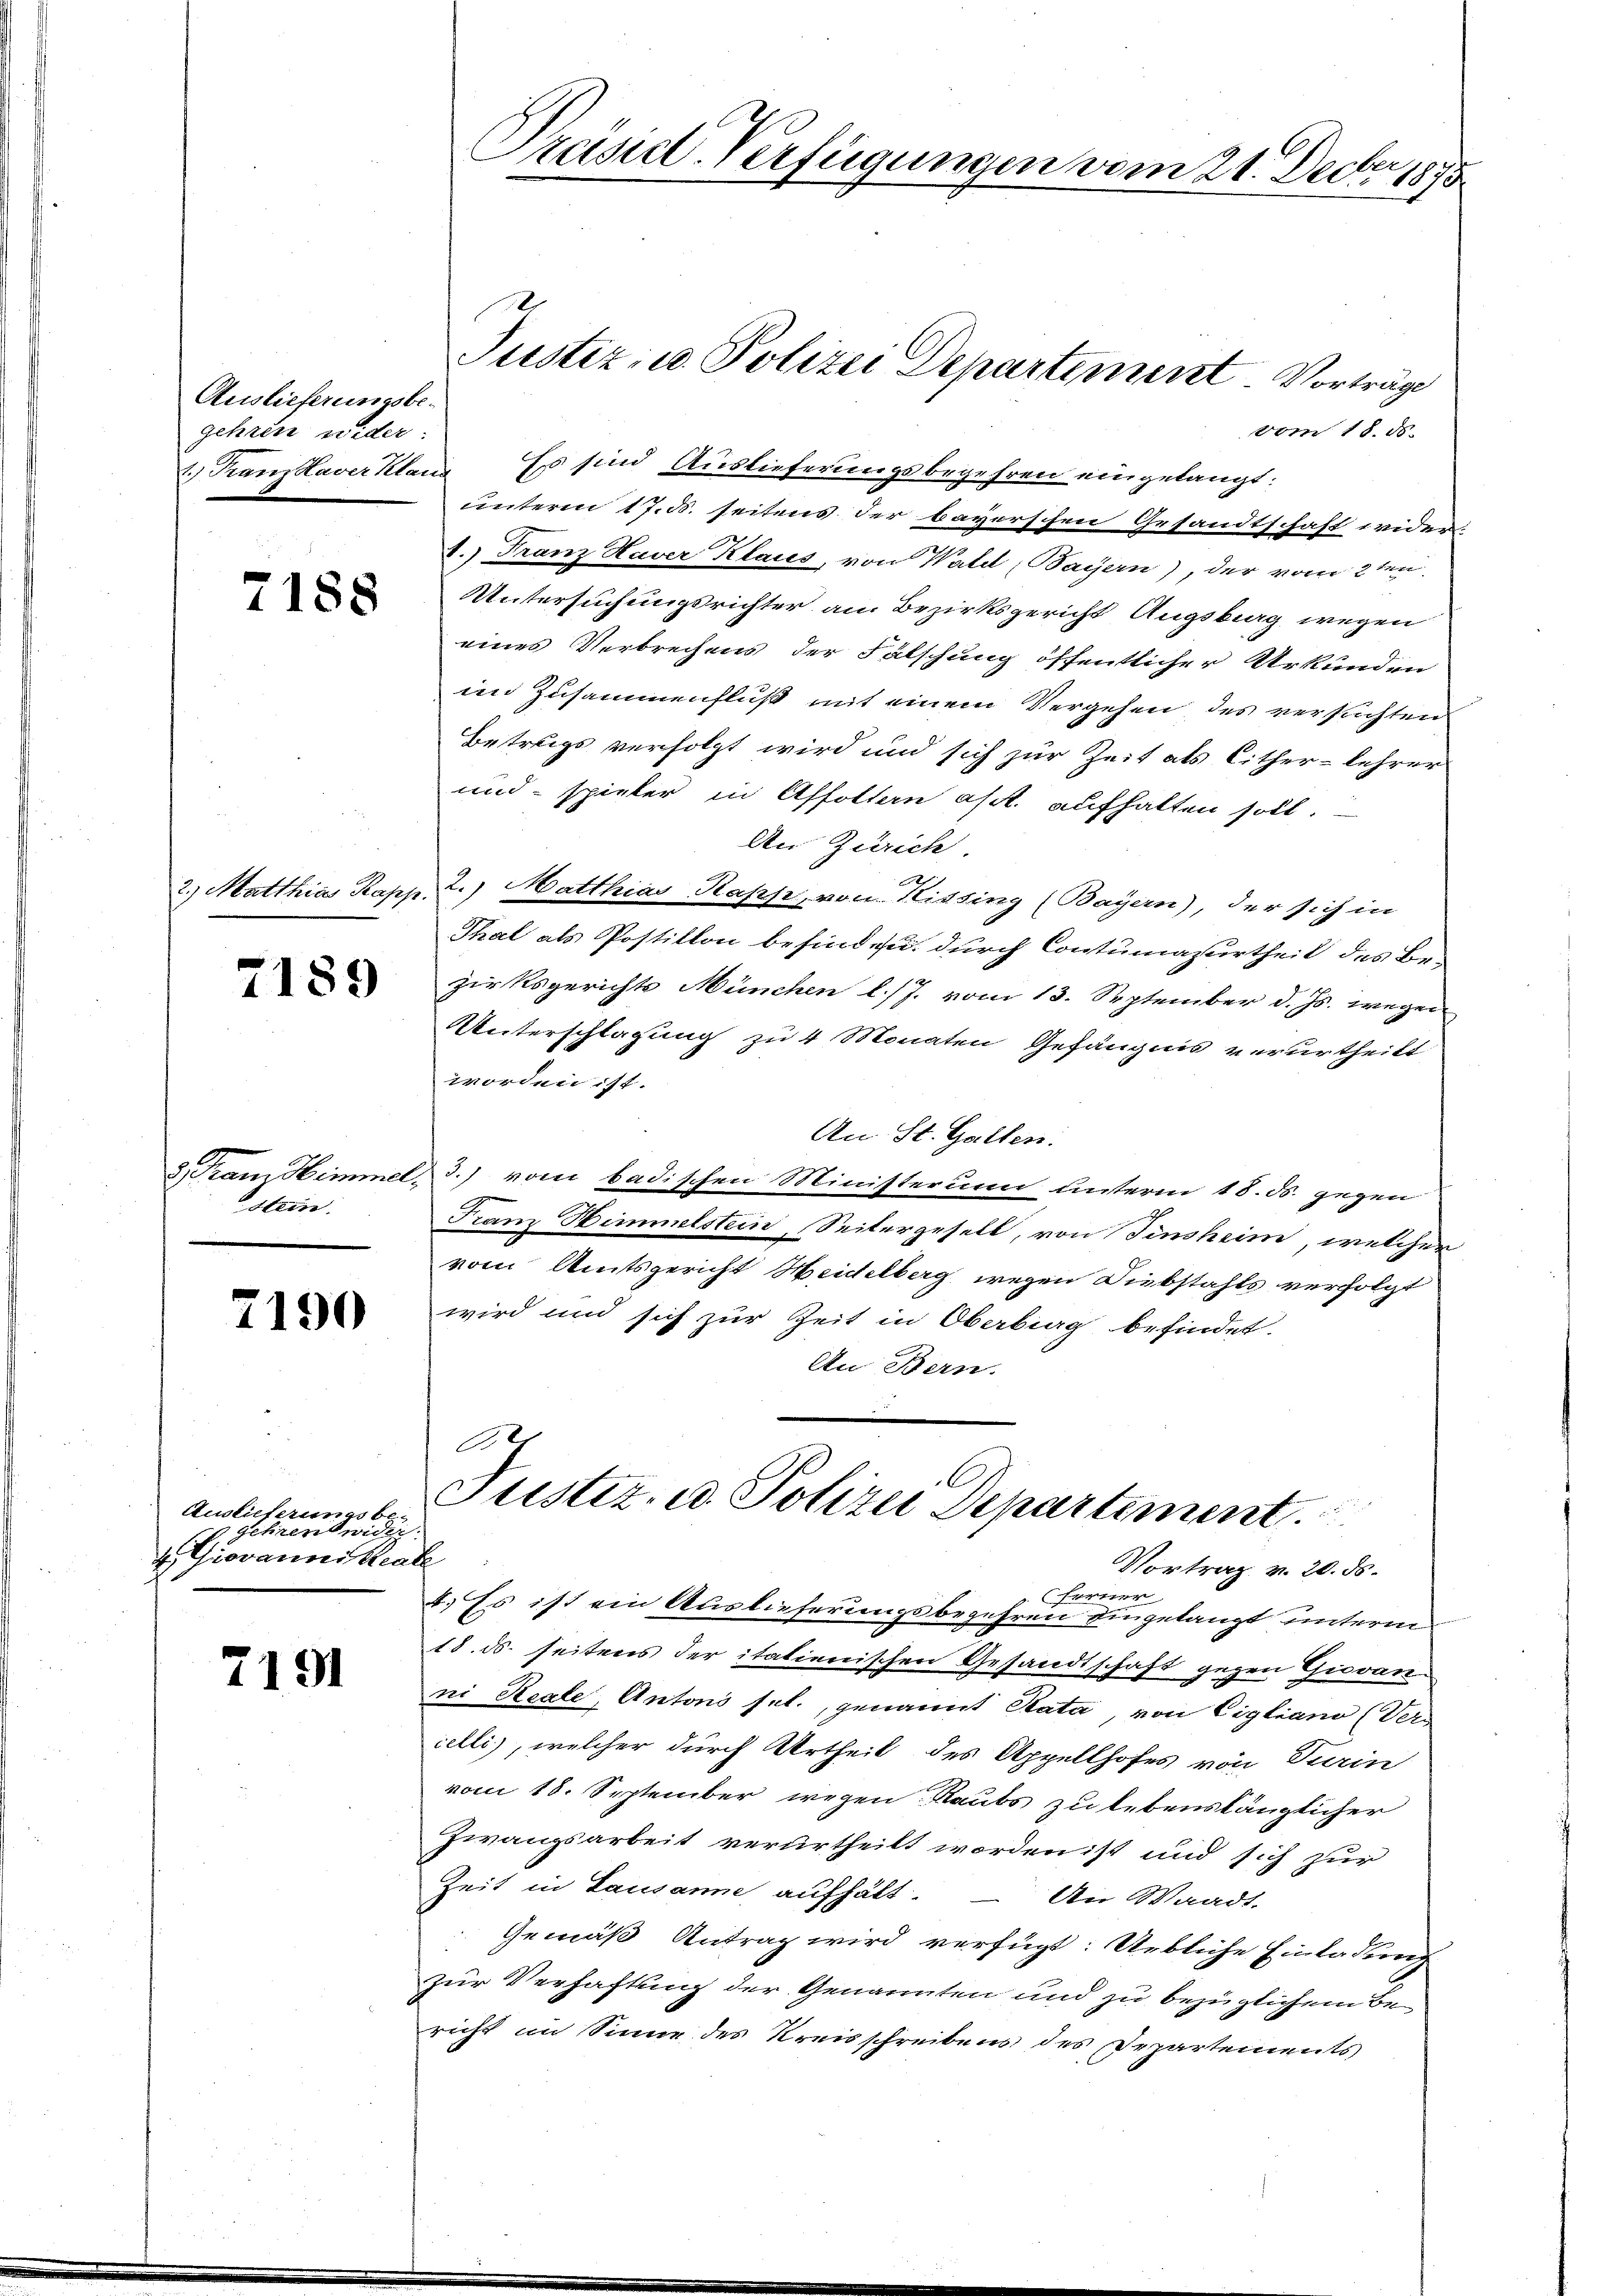
Auslieferungsbegehren wider

7188

2.) Matthias Rapp.

7189

d Tram Himmel,
stein.

2190

Auslieferungsbe-
 Gehren wider
4 Giovannistrate

7191

Präsid-Verfügungen vom 21. Decbr. 1895.

vom 18. ds.
.) Franz Haverklang Es sind Auslieferungsbegehren eingelangt:
unterm 17. d. seitens der bayerschen Gesandtschaft wider
8.) Franz Haver Klares, von Wald (Bayern), der vom 2ten
Untersuchungsrichter am Bezirksgericht Augsburg wegen
eines Verbrechens der Falschung öffentlicher Urkunden
im Zusammenfluß mit einem Vergehen des versuchten
Betrugs verfolgt wird und sich zur Zeit als Cither-lehrer
und spieler in Affolten aft. aufhalten soll.
An Zürich.
2.) Matthias Kasse, von Kissing (Bayern), der sich in
Thal als Postillon besind u. durch Contumazurtheil des Bezirksgerichts München l./7. vom 13. September d. Js. wegen
Unterschlagung zu 4 Monaten Gefängnis verurtheilt
worden ist.
An St. Gallen.
3.) vom badischen Ministerum unterm 18. ds. gegen
Franz Himmelstein, Seitergesell, von Tinsheim, welcher
vom Amtsgericht Heidelberg wegen Diebstahls verfolgt
wird und sich zur Zeit in Oberbing befindet.
An Bern.

Justiz- u. Polizei Departement. Vorträge

e
Justiz- u. Polizei Departement
Vortrag v. 20. ds.

e

4.) Es ist ein Auslieferungsbegehren eingelangt unterm
18. ds. seitens der italienischen Gesandtschaft gegen Giovan-
ni Reale, Antons sel., genannt Kata, von Cigliano (Vers
celli), welcher durch Urtheil des Appellhofes von Turin
vom 18. September wegen Raubs zu lebenslänglicher
Zwangsarbeit verurtheilt worden ist und sich zur
Zeit in Lausanne aufhält.
An Waadt.
Gemäß Antrag wird verfügt: Uebliche Einladung
zur Verhaftung der Genannten und zu bezüglichem Bericht im Sinne des Kreisschreibens des Departements